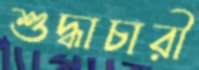
শুদ্ধাচারী